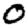
Digit: 0